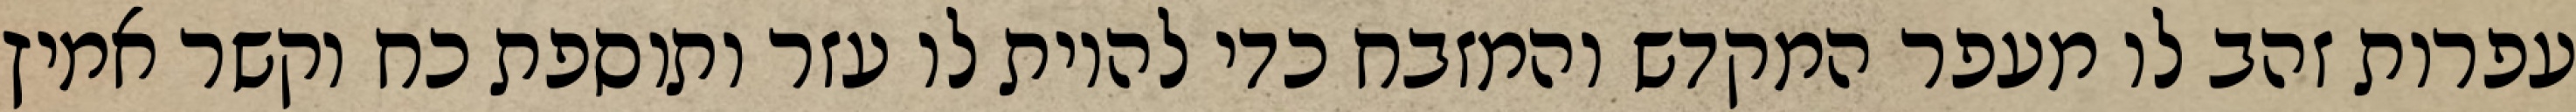
עפרות זהב לו מעפר המקדש והמזבח כדי להיות לו עזר ותוספת כח וקשר אמיץ